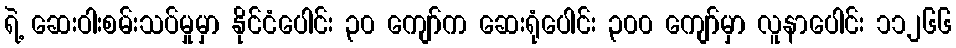
ရဲ့ ဆေးဝါးစမ်းသပ်မှုမှာ နိုင်ငံပေါင်း ၃၀ ကျော်က ဆေးရုံပေါင်း ၃၀၀ ကျော်မှာ လူနာပေါင်း ၁၁၂၆၆